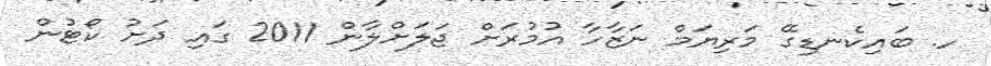
ހ. ބައިކެނޑިގޭ މަރިޔަމް ނަޒާހާ އުމުރަށް ޖަލަށްލާން 2011 ގައި ދަށު ކޯޓުން